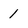
Character: 1